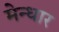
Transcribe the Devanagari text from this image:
मेन्धार